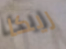
ريكا